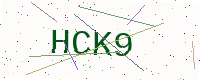
Text: HCK9